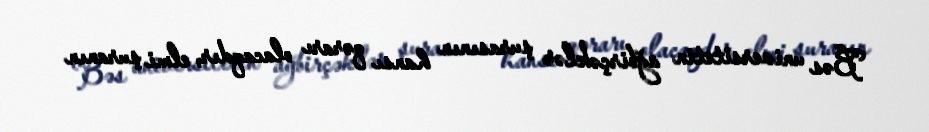
Bəs universitetin ağbirçəklər şurasının hansı qərarı olacaqdır, elmi şuranın